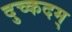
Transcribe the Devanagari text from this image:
दुच्कदम्